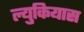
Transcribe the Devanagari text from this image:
ल्युकियास